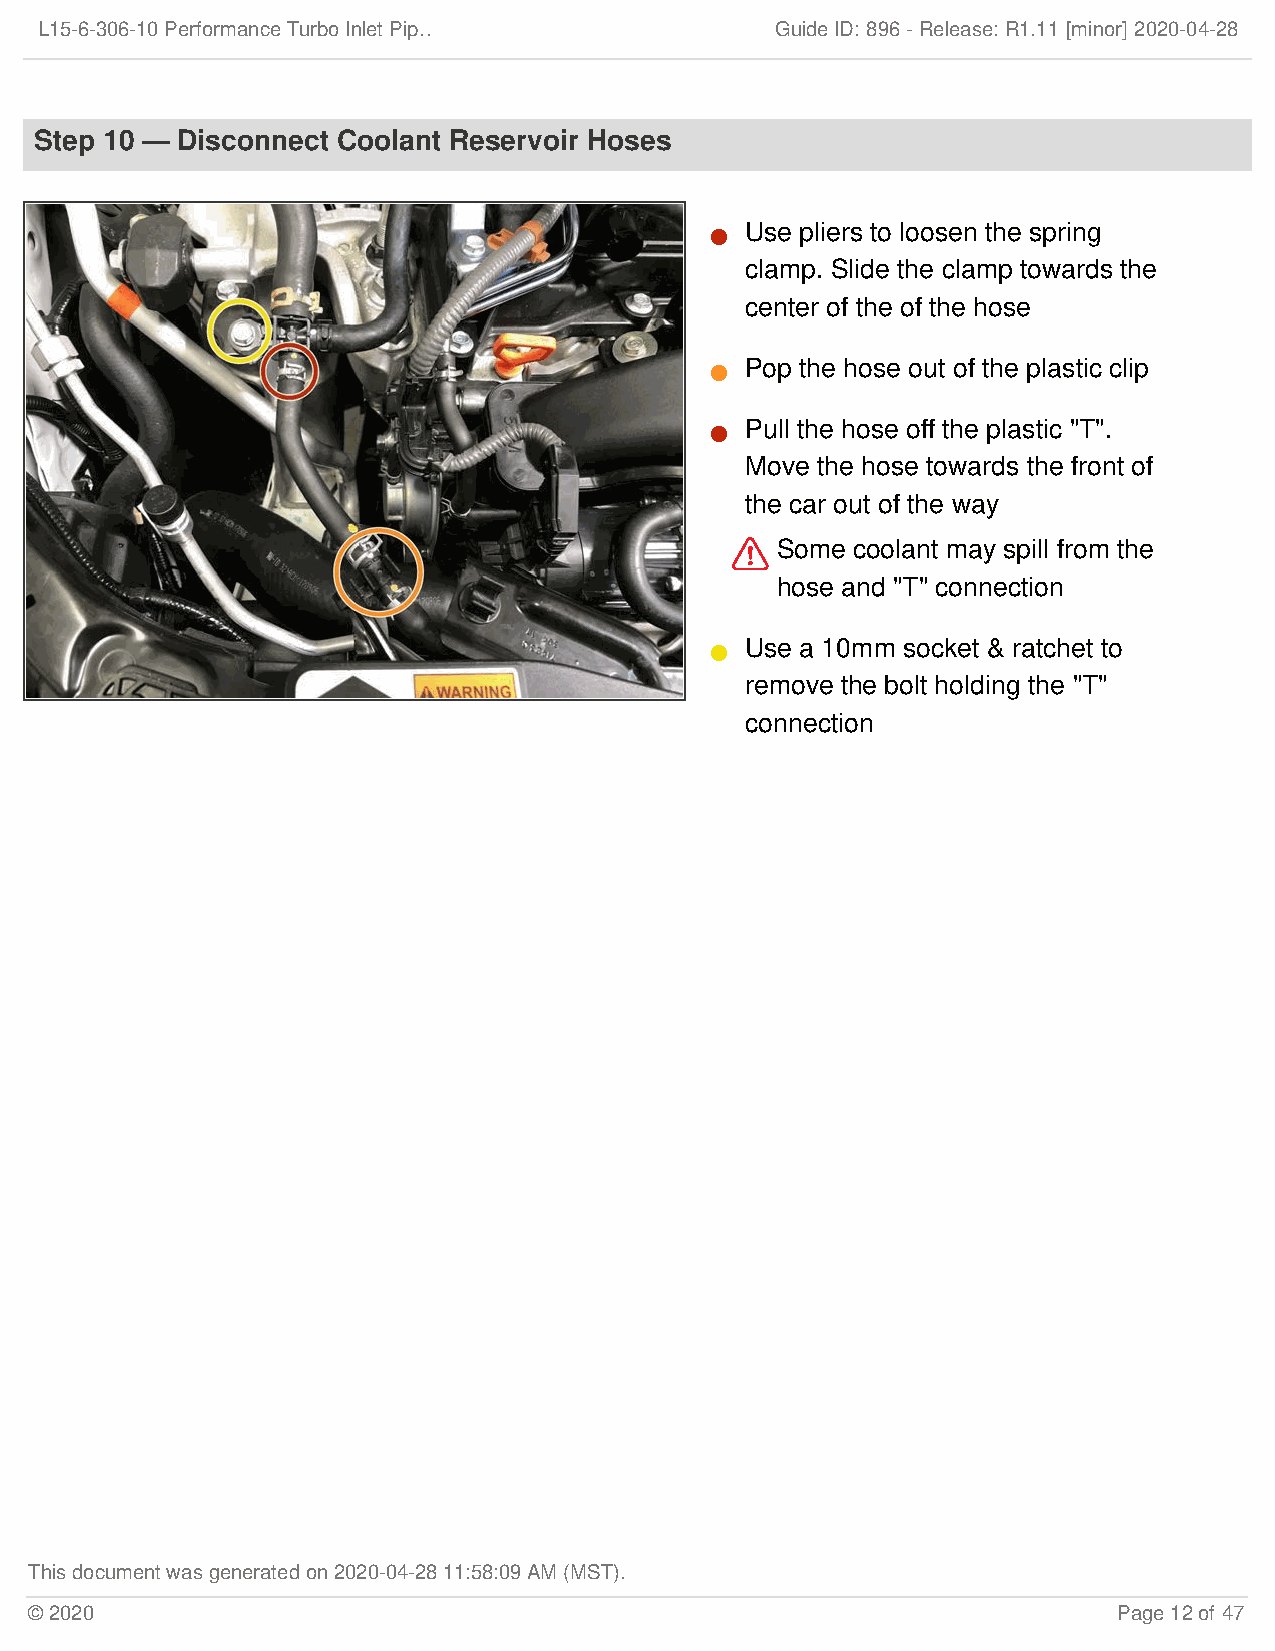
L15-6-306-10 Performance Turbo Inlet Pip…        Guide ID: 896 -Release:R1.11 [minor] 2020-04-28
 Step 10 — Disconnect Coolant Reservoir Hoses
 Use pliers to loosen the spring
 
 clamp. Slide the clamp towards the
 center of the of the hose
 Pop the hose out of the plastic clip
 
 Pull the hose off the plastic "T".
 
 Move the hose towards the front of
 the car out of the way
   Some coolant may spill from the
 hose and "T" connection
 Use a 10mm socket & ratchet to
 
 remove the bolt holding the "T"
 connection
 This document was generated on 2020-04-28 11:58:09 AM (MST).
 © 2020                                                                  Page 12 of 47